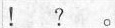
！？。